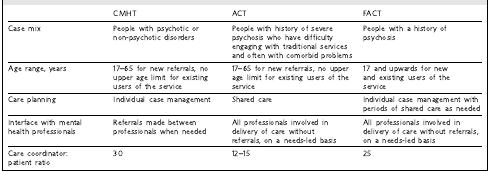
<table><thead><tr><td></td><td><b>CMHT</b></td><td><b>ACT</b></td><td><b>FACT</b></td></tr></thead><tbody><tr><td>Case mix</td><td>People with psychotic ornon-psychotic disorders</td><td>People with history of severepsychosis who have difficultyengaging with traditional servicesand often with comorbid problems</td><td>People with a history ofpsychosis</td></tr><tr><td>Age range, years</td><td>17–65 for new referrals, noupper age limit for existingusers of the service</td><td>17–65 for new referrals, no upperage limit for existing users of theservice</td><td>17 and upwards for newand existing users of theservice</td></tr><tr><td>Care planning</td><td>Individual case management</td><td>Shared care</td><td>Individual case management withperiods of shared care as needed</td></tr><tr><td>Interface with mentalhealth professionals</td><td>Referrals made betweenprofessionals when needed</td><td>All professionals involved indelivery of care withoutreferrals, on a needs-led basis</td><td>All professionals involved indelivery of care without referrals,on a needs-led basis</td></tr><tr><td>Care coordinator:patient ratio</td><td>30</td><td>12–15</td><td>25</td></tr></tbody></table>